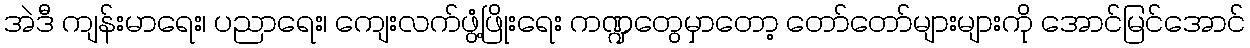
အဲဒီ ကျန်းမာရေး၊ ပညာရေး၊ ကျေးလက်ဖွံ့ဖြိုးရေး ကဏ္ဍတွေမှာတော့ တော်တော်များများကို အောင်မြင်အောင်